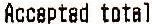
ACCEPTAD TOTAL